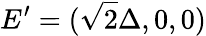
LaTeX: E^{\prime}=(\sqrt{2}\Delta,0,0)